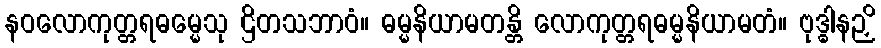
နဝလောကုတ္တရဓမ္မေသု ဌိတသဘာဝံ။ ဓမ္မနိယာမတန္တိ လောကုတ္တရဓမ္မနိယာမတံ။ ဗုဒ္ဓါနဉှိ